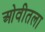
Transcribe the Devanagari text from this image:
ओवीतला